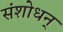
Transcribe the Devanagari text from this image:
संशोधन्